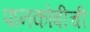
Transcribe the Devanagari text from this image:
पानकोबीची